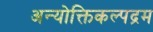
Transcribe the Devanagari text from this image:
अन्योक्तिकल्पद्रम